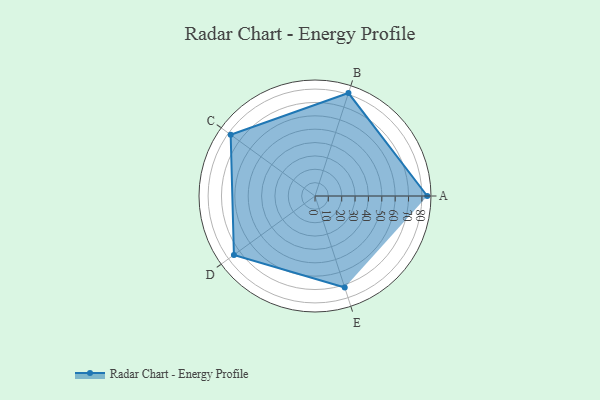
{"axis": {"x": "Skill", "y": "Score"}, "legend": ["Profile"], "data": [{"x": "A", "y": 84.0, "type": "Profile"}, {"x": "B", "y": 81.0, "type": "Profile"}, {"x": "C", "y": 78.0, "type": "Profile"}, {"x": "D", "y": 75.0, "type": "Profile"}, {"x": "E", "y": 72.0, "type": "Profile"}]}